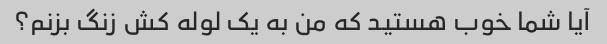
آیا شما خوب هستید که من به یک لوله کش زنگ بزنم؟